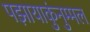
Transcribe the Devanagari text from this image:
पझायाकुंनुम्मल